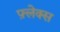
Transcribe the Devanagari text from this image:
फ़्लेक्स